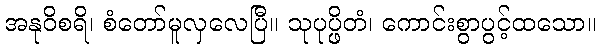
အနုဝိစရိ၊ စံတော်မူလှလေပြီ။ သုပုပ္ဖိတံ၊ ကောင်းစွာပွင့်ထသော။